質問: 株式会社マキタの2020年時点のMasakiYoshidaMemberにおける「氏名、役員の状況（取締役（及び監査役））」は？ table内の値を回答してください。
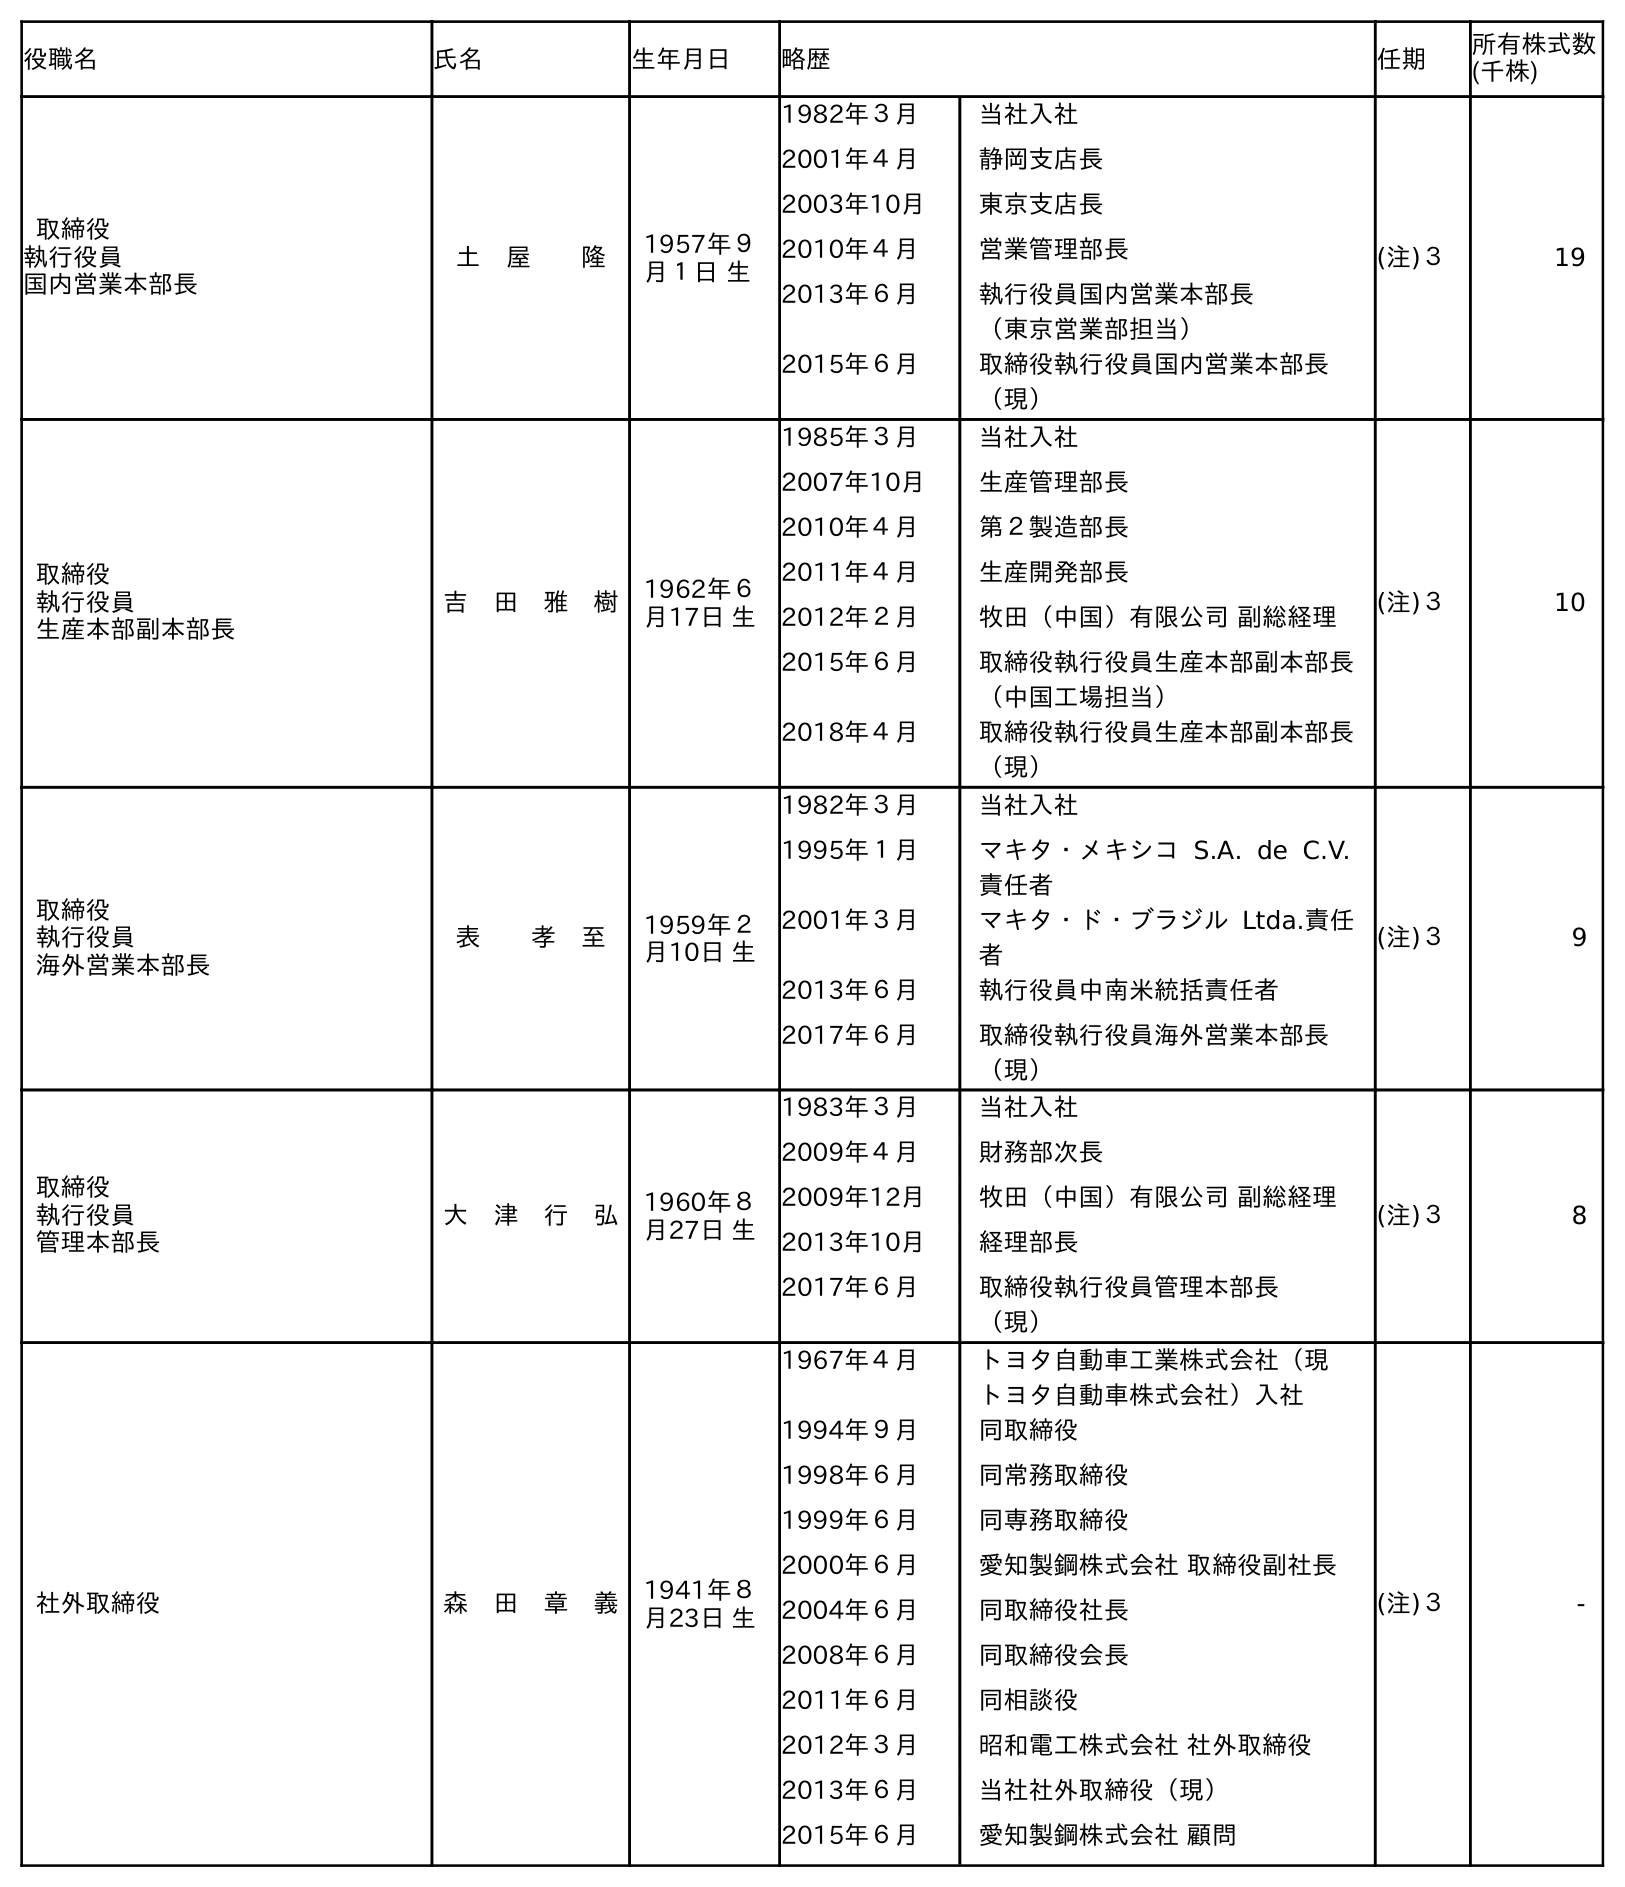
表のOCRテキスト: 役職名 氏名 生年月日 略歴 任期 所有株式数 (千株) 取締役 執行役員 国内営業本部長 土 屋  隆 1957年９ 月１日 生 1982年３月 当社入社 2001年４月 静岡支店長 2003年10月 東京支店長 2010年４月 営業管理部長 2013年６月 執行役員国内営業本部長 （東京営業部担当） 2015年６月 取締役執行役員国内営業本部長 （現） (注)３ 19 取締役 執行役員 生産本部副本部長 吉 田 雅 樹 1962年６ 月17日 生 1985年３月 当社入社 2007年10月 生産管理部長 2010年４月 第２製造部長 2011年４月 生産開発部長 2012年２月 牧田（中国）有限公司 副総経理 2015年６月 取締役執行役員生産本部副本部長 （中国工場担当） 2018年４月 取締役執行役員生産本部副本部長 （現） (注)３ 10 取締役 執行役員 海外営業本部長 表  孝 至 1959年２ 月10日 生 1982年３月 当社入社 1995年１月 マキタ・メキシコ S.A. de C.V. 責任者 2001年３月 マキタ・ド・ブラジル Ltda.責任 者 2013年６月 執行役員中南米統括責任者 2017年６月 取締役執行役員海外営業本部長 （現） (注)３ 9 取締役 執行役員 管理本部長 大 津 行 弘 1960年８ 月27日 生 1983年３月 当社入社 2009年４月 財務部次長 2009年12月 牧田（中国）有限公司 副総経理 2013年10月 経理部長 2017年６月 取締役執行役員管理本部長 （現） (注)３ 8 社外取締役 森 田 章 義 1941年８ 月23日 生 1967年４月 トヨタ自動車工業株式会社（現  トヨタ自動車株式会社）入社 1994年９月 同取締役 1998年６月 同常務取締役 1999年６月 同専務取締役 2000年６月 愛知製鋼株式会社 取締役副社長 2004年６月 同取締役社長 2008年６月 同取締役会長 2011年６月 同相談役 2012年３月 昭和電工株式会社 社外取締役 2013年６月 当社社外取締役（現） 2015年６月 愛知製鋼株式会社 顧問 (注)３ -
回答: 吉　田　雅　樹